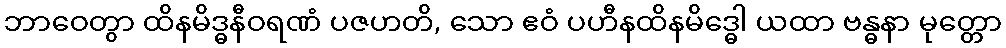
ဘာဝေတွာ ထိနမိဒ္ဓနီဝရဏံ ပဇဟတိ, သော ဧဝံ ပဟီနထိနမိဒ္ဓေါ ယထာ ဗန္ဓနာ မုတ္တော